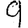
Digit: 9